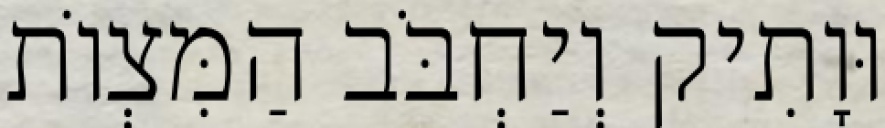
וּוָתִיק וְיַחְבֹּב הַמִּצְוֹת